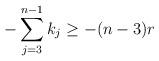
LaTeX: \begin{align*}- \sum\limits_{j =3}^{n-1} k_j \geq -(n-3)r\end{align*}